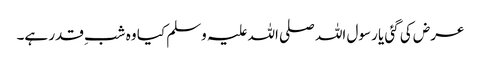
عرض کی گئی یا رسول اللہ صلی اللہ علیہ وسلم کیا وہ شبِ قدر ہے۔